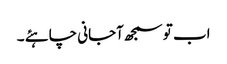
اب تو سمجھ آجانی چاہئے ۔